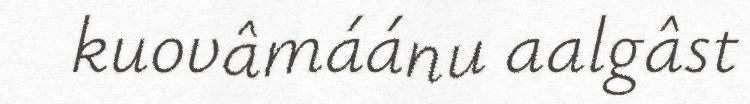
kuovâmáánu aalgâst